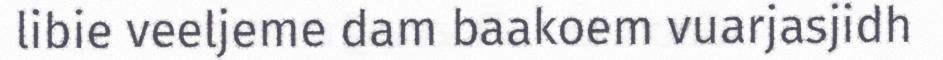
libie veeljeme dam baakoem vuarjasjidh